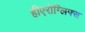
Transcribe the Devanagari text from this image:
हीएरोग्लिफ्स